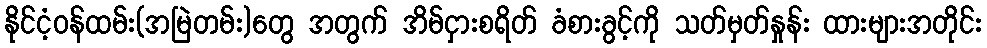
နိုင်ငံ့ဝန်ထမ်း(အမြဲတမ်း)တွေ အတွက် အိမ်ငှားစရိတ် ခံစားခွင့်ကို သတ်မှတ်နှုန်း ထားများအတိုင်း